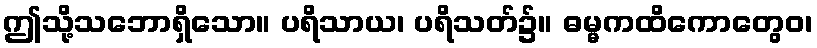
ဤသို့သဘောရှိသော။ ပရိသာယ၊ ပရိသတ်၌။ ဓမ္မကထိကောတွေဝ၊